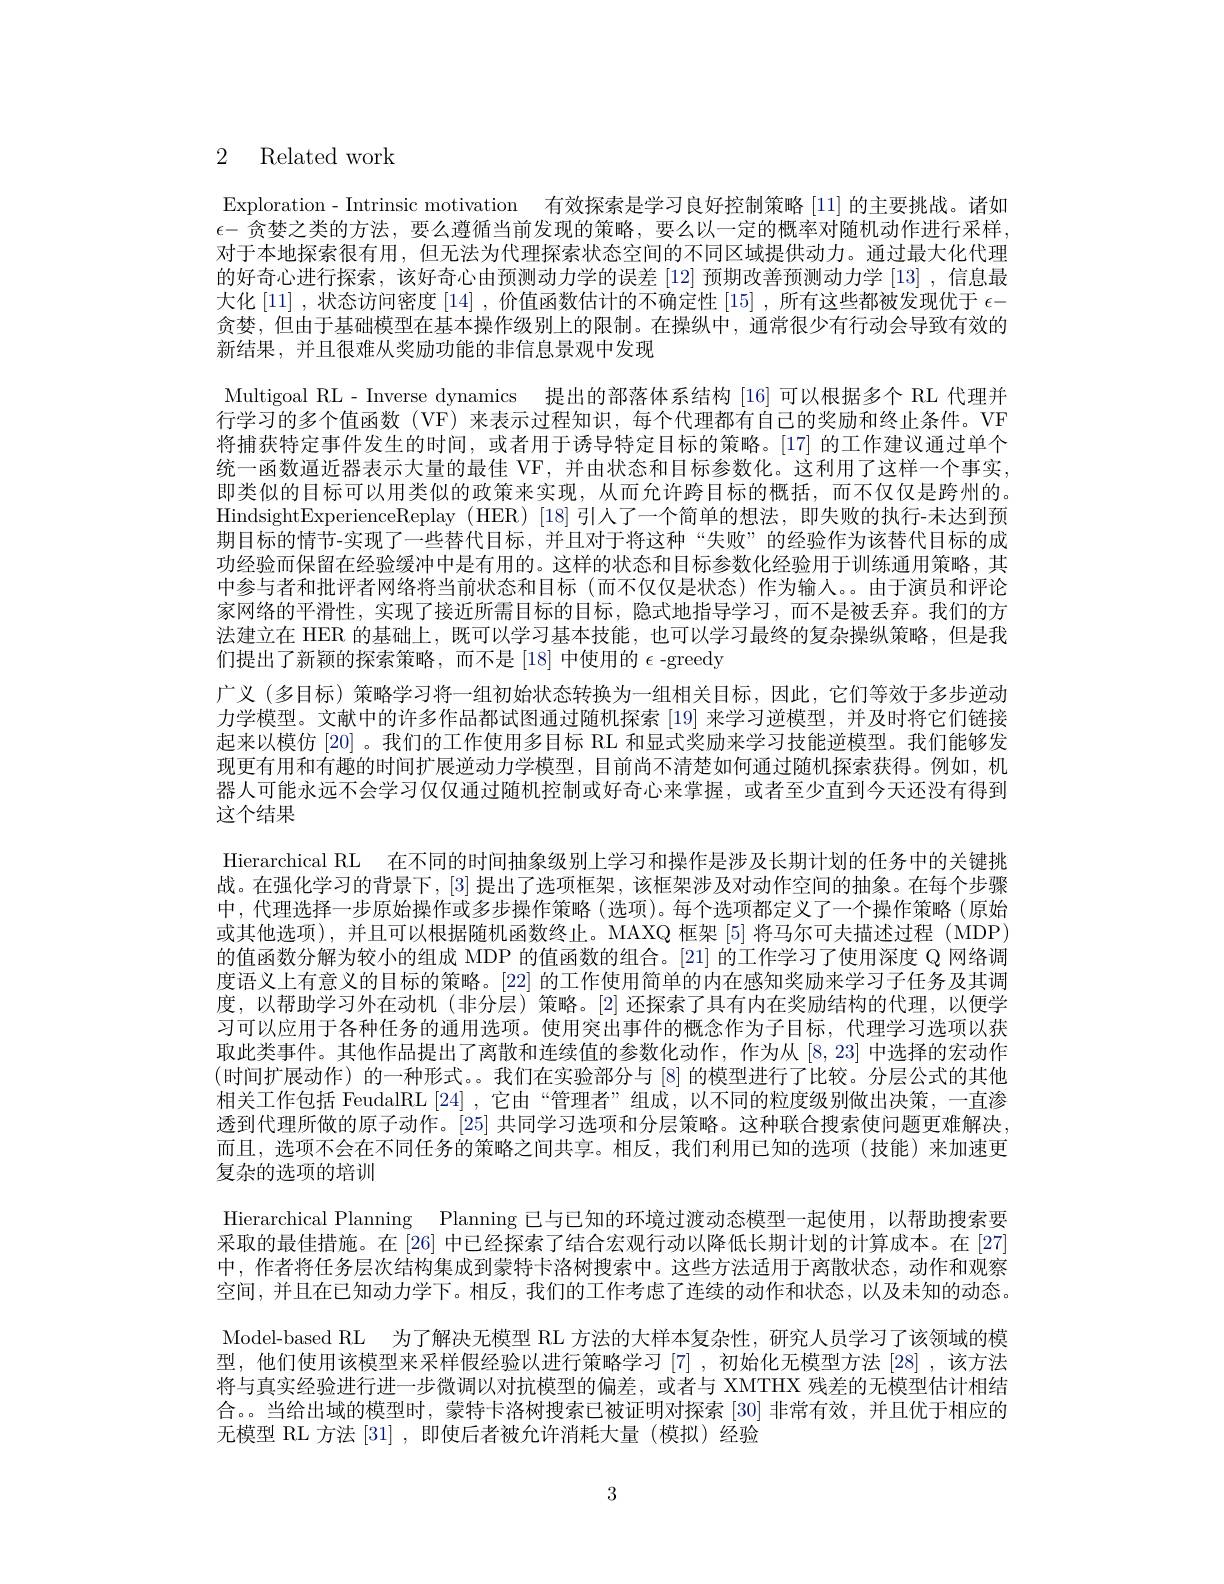
2 Related work

Exploration - Intrinsic motivation 有效探索是学习良好控制策略[11]的主要挑战。诸如$\epsilon-$贪婪之类的方法，要么遵循当前发现的策略，要么以一定的概率对随机动作进行采样， 对于本地探索很有用，但无法为代理探索状态空间的不同区域提供动力。通过最大化代理的好奇心进行探索，该好奇心由预测动力学的误差 [12] 预期改善预测动力学 [13] ,信息最大化 [11] ,状态访问密度 [14] ,价值函数估计的不确定性 [15] ,所有这些都被发现优于$\epsilon-$ 贪婪，但由于基础模型在基本操作级别上的限制。在操纵中，通常很少有行动会导致有效的新结果，并且很难从奖励功能的非信息景观中发现
Multigoal RL- Inverse dynamics 提出的部落体系结构[16]可以根据多个 RL 代理并行学习的多个值函数(VF) 来表示过程知识，每个代理都有自己的奖励和终止条件。VF 将捕获特定事件发生的时间，或者用于诱导特定目标的策略。[17] 的工作建议通过单个统一函数逼近器表示大量的最佳 VF, 并由状态和目标参数化。这利用了这样一个事实即类似的目标可以用类似的政策来实现，从而允许跨目标的概括，而不仅仅是跨州的。HindsightExperienceReplay ( HER) [ 18] 引入了一个简单的想法，即失败的执行-未达到预期目标的情节-实现了一些替代目标，并且对于将这种“失败”的经验作为该替代目标的成功经验而保留在经验缓冲中是有用的。这样的状态和目标参数化经验用于训练通用策略，其中参与者和批评者网络将当前状态和目标 (而不仅仅是状态)作为输入。。由于演员和评论家网络的平滑性，实现了接近所需目标的目标，隐式地指导学习，而不是被丢弃。我们的方法建立在 HER 的基础上，既可以学习基本技能，也可以学习最终的复杂操纵策略，但是我们提出了新颖的探索策略，而不是[18]中使用的$\epsilon$-greedy
广义 (多目标) 策略学习将一组初始状态转换为一组相关目标，因此，它们等效于多步逆动力学模型。文献中的许多作品都试图通过随机探索[19]来学习逆模型，并及时将它们链接起来以模仿 [20]。我们的工作使用多目标 RL 和显式奖励来学习技能逆模型。我们能够发现更有用和有趣的时间扩展逆动力学模型，目前尚不清楚如何通过随机探索获得。例如，机器人可能永远不会学习仅仅通过随机控制或好奇心来掌握，或者至少直到今天还没有得到这个结果
Hierarchical RL 在不同的时间抽象级别上学习和操作是涉及长期计划的任务中的关键挑战。在强化学习的背景下，[3]提出了选项框架，该框架涉及对动作空间的抽象。在每个步骤中，代理选择一步原始操作或多步操作策略(选项)。每个选项都定义了一个操作策略(原始或其他选项),并且可以根据随机函数终止。MAXQ 框架 [5]将马尔可夫描述过程 (MDP) 的值函数分解为较小的组成 MDP 的值函数的组合。[21] 的工作学习了使用深度 Q 网络调度语义上有意义的目标的策略。[22]的工作使用简单的内在感知奖励来学习子任务及其调度，以帮助学习外在动机(非分层)策略。[2]还探索了具有内在奖励结构的代理，以便学习可以应用于各种任务的通用选项。使用突出事件的概念作为子目标，代理学习选项以获取此类事件。其他作品提出了离散和连续值的参数化动作，作为从[8,23]中选择的宏动作(时间扩展动作)的一种形式。。我们在实验部分与 [8] 的模型进行了比较。分层公式的其他相关工作包括 FeudalRL [24] ,它由“管理者”组成，以不同的粒度级别做出决策，一直渗透到代理所做的原子动作。[25] 共同学习选项和分层策略。这种联合搜索使问题更难解决而且，选项不会在不同任务的策略之间共享。相反，我们利用已知的选项(技能)来加速更复杂的选项的培训
Hierarchical Planning Planning 已与已知的环境过渡动态模型一起使用，以帮助搜索要采取的最佳措施。在[26]中已经探索了结合宏观行动以降低长期计划的计算成本。在 [27] 中，作者将任务层次结构集成到蒙特卡洛树搜索中。这些方法适用于离散状态，动作和观察空间，并且在已知动力学下。相反，我们的工作考虑了连续的动作和状态，以及未知的动态。Model-based RL 为了解决无模型 RL 方法的大样本复杂性，研究人员学习了该领域的模型，他们使用该模型来采样假经验以进行策略学习[7],初始化无模型方法[28],该方法将与真实经验进行进一步微调以对抗模型的偏差，或者与 XMTHX 残差的无模型估计相结合。。当给出域的模型时，蒙特卡洛树搜索已被证明对探索 [30] 非常有效，并且优于相应的无模型 RL 方法 [31] ,即使后者被允许消耗大量 (模拟) 经验

3